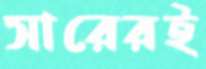
সারেরই